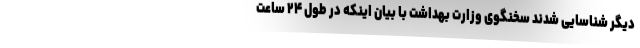
دیگر شناسایی شدند سخنگوی وزارت بهداشت با بیان اینکه در طول ۲۴ ساعت